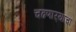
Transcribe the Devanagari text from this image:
चढणार्‍याचा